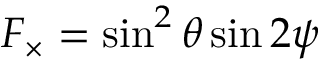
F _ { \times } = \sin ^ { 2 } { \theta } \sin { 2 \psi }